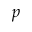
p